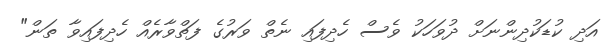
އަދި ކުޑަކުދިންނަށް ދުވަހަކު ވެސް ހެދިފައި ނެތް ވަރުގެ ފަތްވާރެެއް ހެދިފައިވާ ތަން"